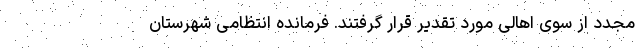
مجدد از سوی اهالی مورد تقدیر قرار گرفتند. فرمانده انتظامی شهرستان